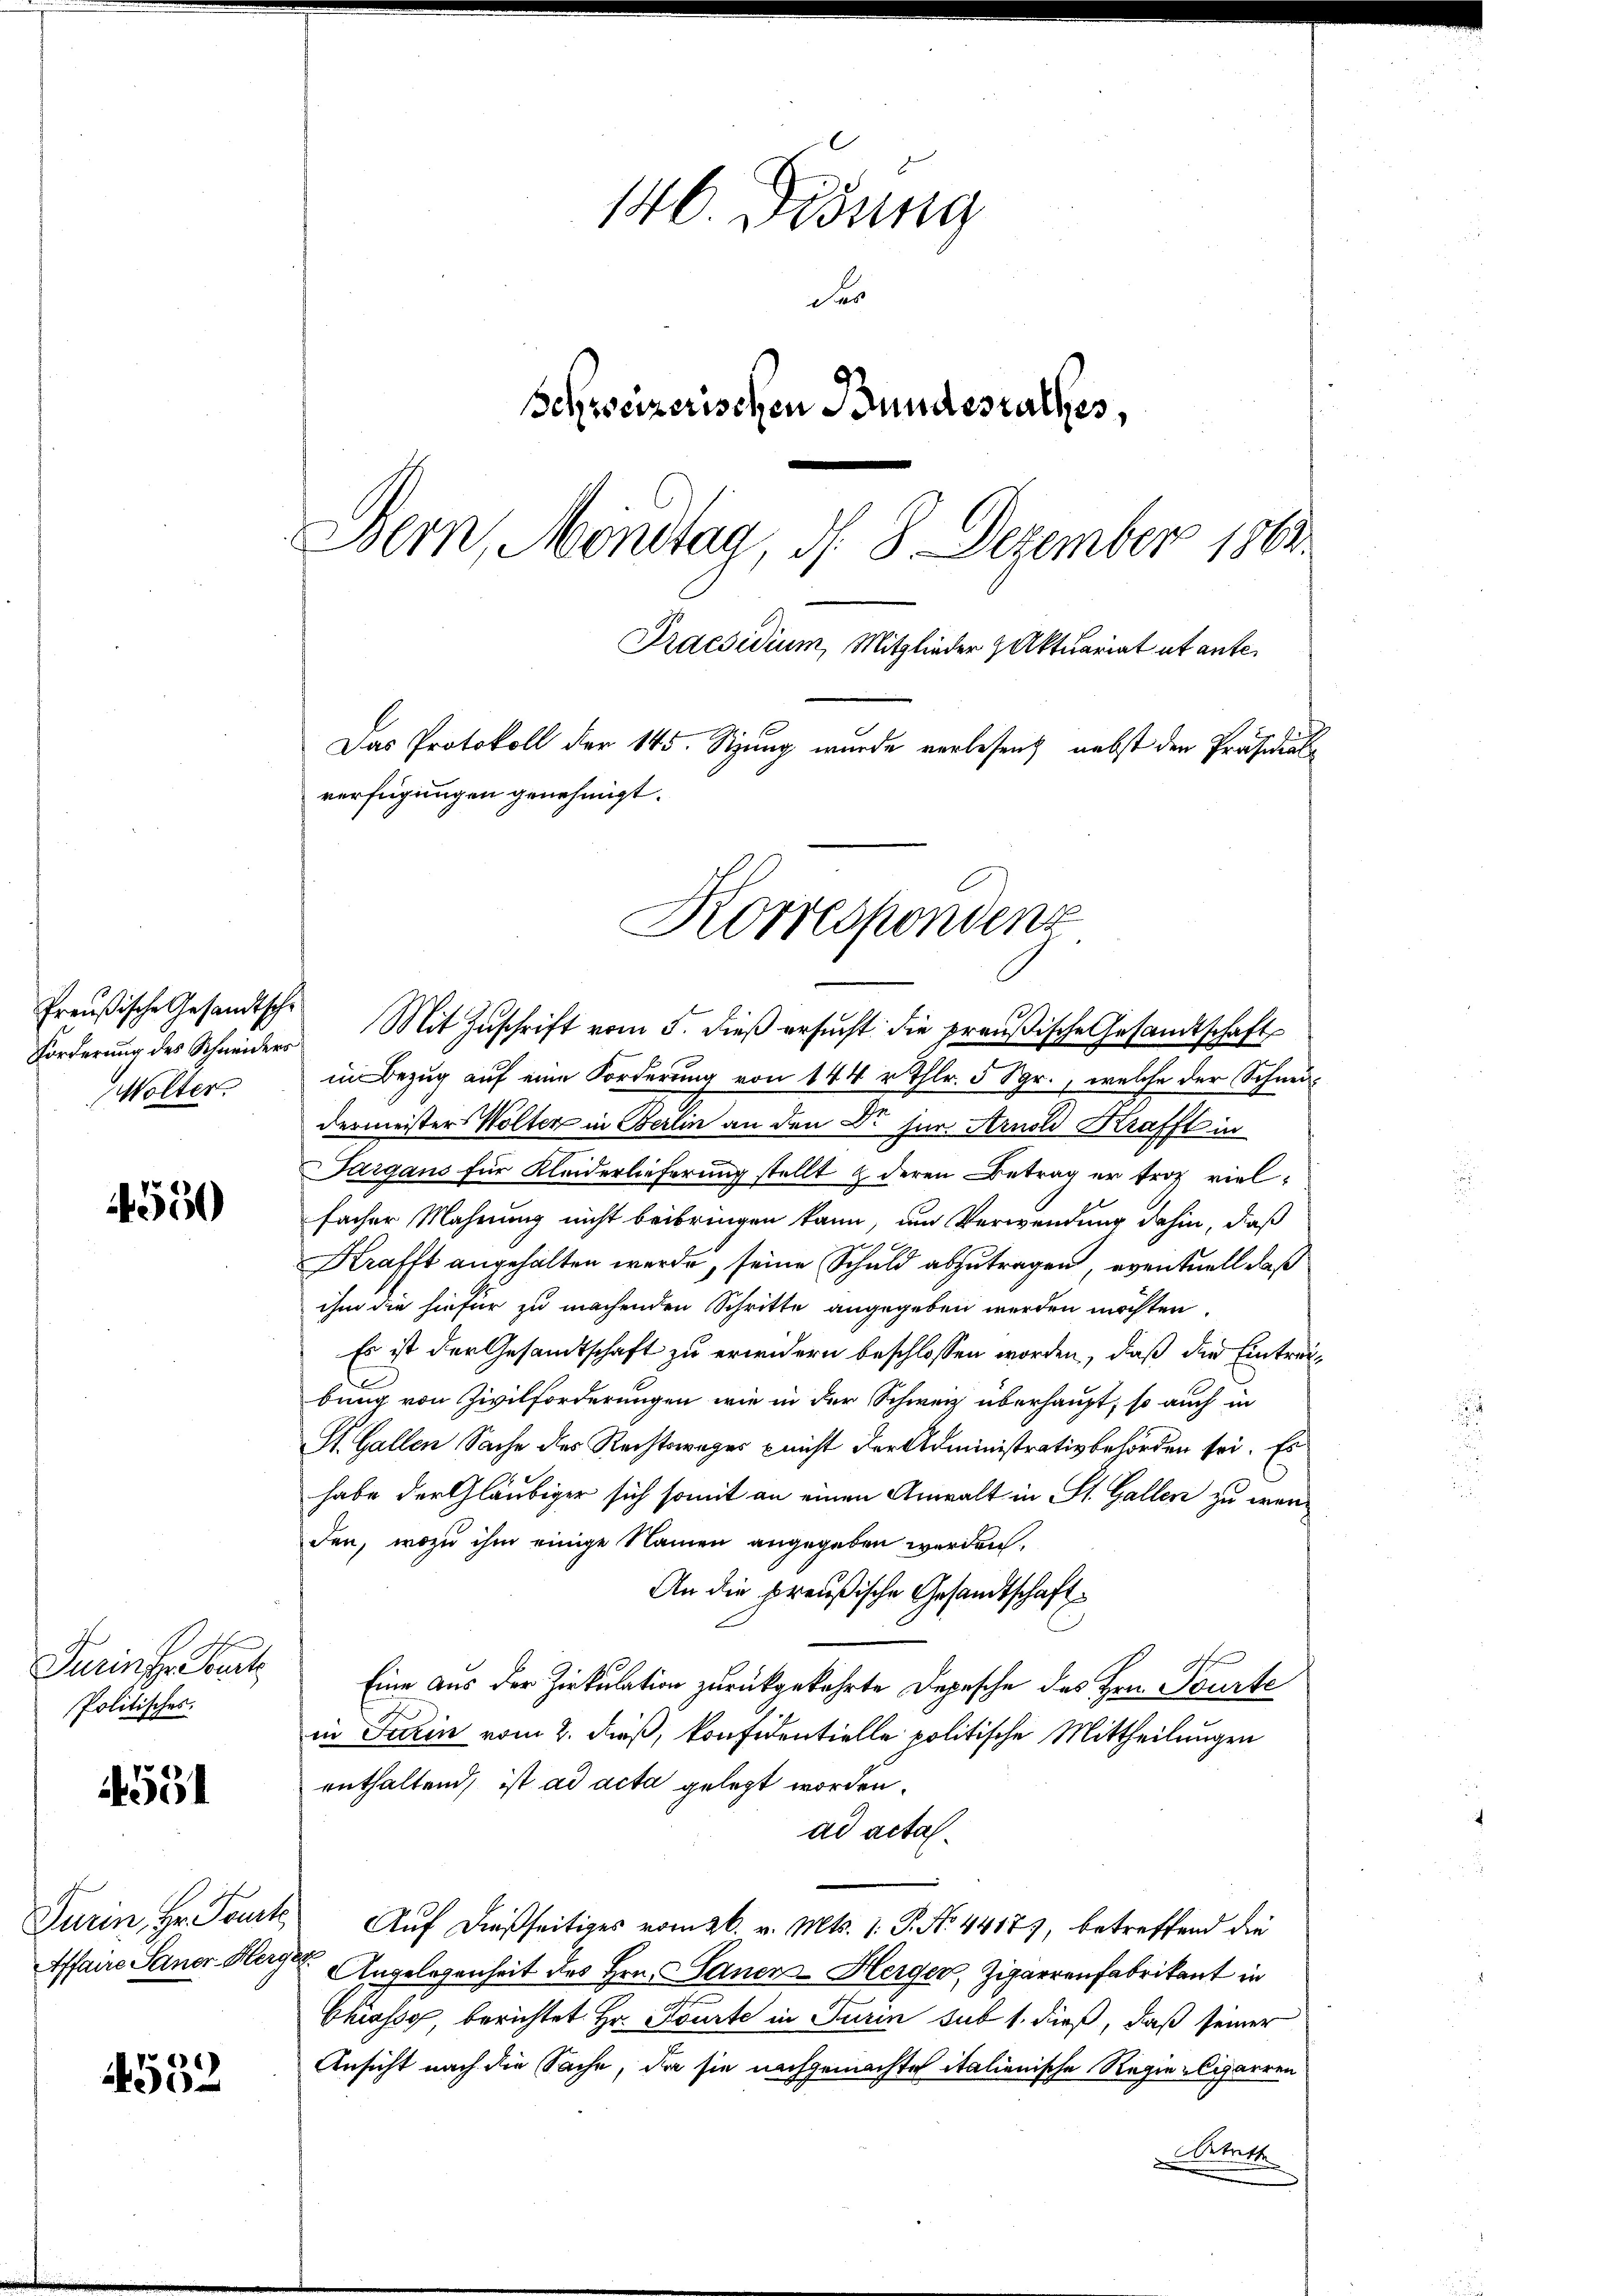
Preußische Gesandtsche
Wolter

4550

Turins Baut
Politisches.

55

4532

146. Didung
der
schweizerischen Bundesrathes,
Bern, Möndtag, d. 8. Dezember 1863.
Praesidium, Mitglieder Aktuariat ut ante¬
Das Protokoll der 145. Sizung wurde verlesen, nebst den Präsidialverfügungen genehmigt.

Korrespondenz
Forderŭng des Schneider Mit Zŭschrift vom 5. dieβ ersŭcht die preußische Gesandtschaft

in Bezug auf eine Forderung von 144 r Thlr. 5 Sgr., welche der Schneidermeister Wolter in Berlin an den Dr jur. Arnold Krafft in
Sargaus für Kleiderlieferung stellt & deren Betrag er froh vielfacher Mahnung nicht beibringen kann, um Verwendung dahin, daß
Krafft angehalten werde, seine Schuld abzutragen, eventuell daß
ihm die hiefür zu machenden Schritte angegeben werden möchten.
Es ist der Gesamtschaft zu erwidern beschlossen worden, daß die Eintreibung von Zivilforderungen wie in der Schweiz überhaupt, so auch in
St. Gallen Sache des Rechtsweges nicht der Administrativbehörden sei. Es
habe der Gläubiger sich somit an einen Anwalt in St. Gallen zu wenden, wozu ihm einige Namen angegeben werden.
An die preußische Gesandtschaft¬
Eine aus der Zirkulation zurückgekehrte Depesche des Hrn. Tourte
in Turin vom 2. dieß, konfidentielle politische Mittheilungen
enthaltend, ist ad acta gelegt worden.
ad acta.
Turin, Hr. Toute Auf dießseitiges vom 26. v. Mts. 1. P. No. 4417), betreffend die
Affaire Sauer Herger Angelegenheit des Hrn. Sanen Herger, Zigarrenfabrikant in
Chiasso, berichtet Hr. Courte in Turin sub 1. dieß, daß seiner
Ansicht nach die Sache, da sie nachgemachte italienische Regie-Cigarren
enth